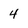
Character: 4